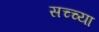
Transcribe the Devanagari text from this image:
सच्च्या